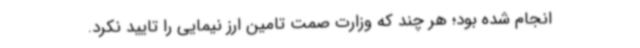
انجام شده بود؛ هر چند که وزارت صمت تامین ارز نیمایی را تایید نکرد.